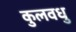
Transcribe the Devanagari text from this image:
कुलवधु